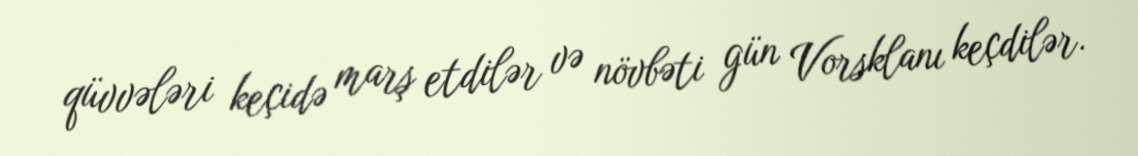
qüvvələri keçidə marş etdilər və növbəti gün Vorsklanı keçdilər.